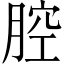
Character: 腔